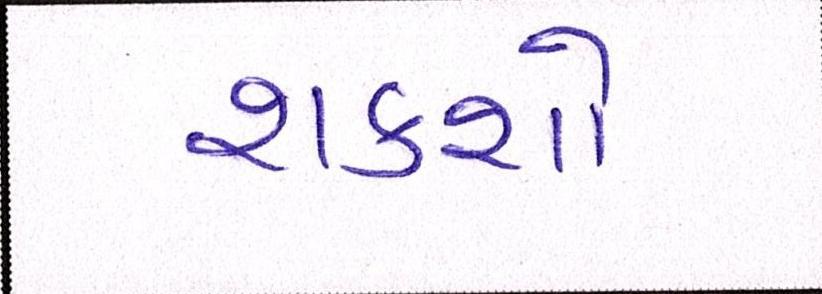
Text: શકશો